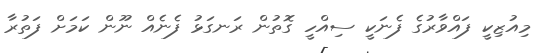
މިއުޒިކީ ފައްވާރުގެ ފެނަކީ ސިއްހީ ގޮތުން ރަނގަޅު ފެނެއް ނޫން ކަމަށް ފަތުރާ